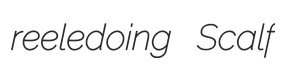
reeledoing Scalf